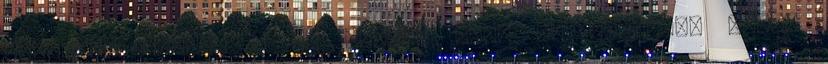
tudják". Persze a jó fűrész most is ritmusra járt,